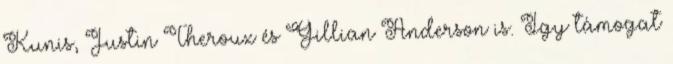
Kunis, Justin Theroux és Gillian Anderson is. Így támogat